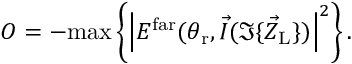
O = - \mathrm { m a x } \left\{ \left| E ^ { \mathrm { f a r } } ( \theta _ { \mathrm { r } } , \vec { I } ( \Im \{ \vec { Z } _ { \mathrm { L } } \} ) \right| ^ { 2 } \right\} .